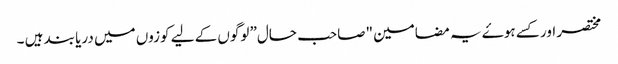
مختصر اور کسے ہوۓ یہ مضامین "صاحب حال” لوگوں کے لیے کوزوں میں دریا بند ہیں ۔